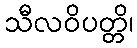
သီလဝိပတ္တိ၊